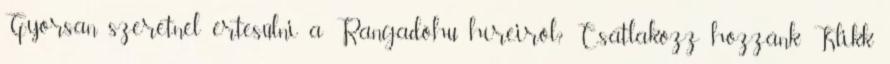
Gyorsan szeretnél értesülni a Rangadó.hu híreiről? Csatlakozz hozzánk Klikk